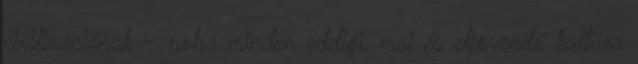
civilizációnak – noha minden eddigi, mai és eljövendő kultúra